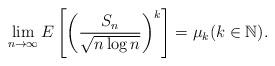
LaTeX: \begin{align*} \lim_{n \to \infty} E\left[\left(\dfrac{S_n}{\sqrt{n \log n}}\right)^k\right] = \mu_k(k \in \mathbb{N}).\end{align*}